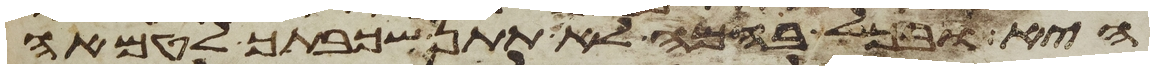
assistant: היא ובכל בהמה לא תתן שכבתך לטמאה